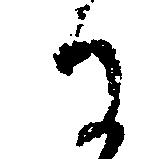
る